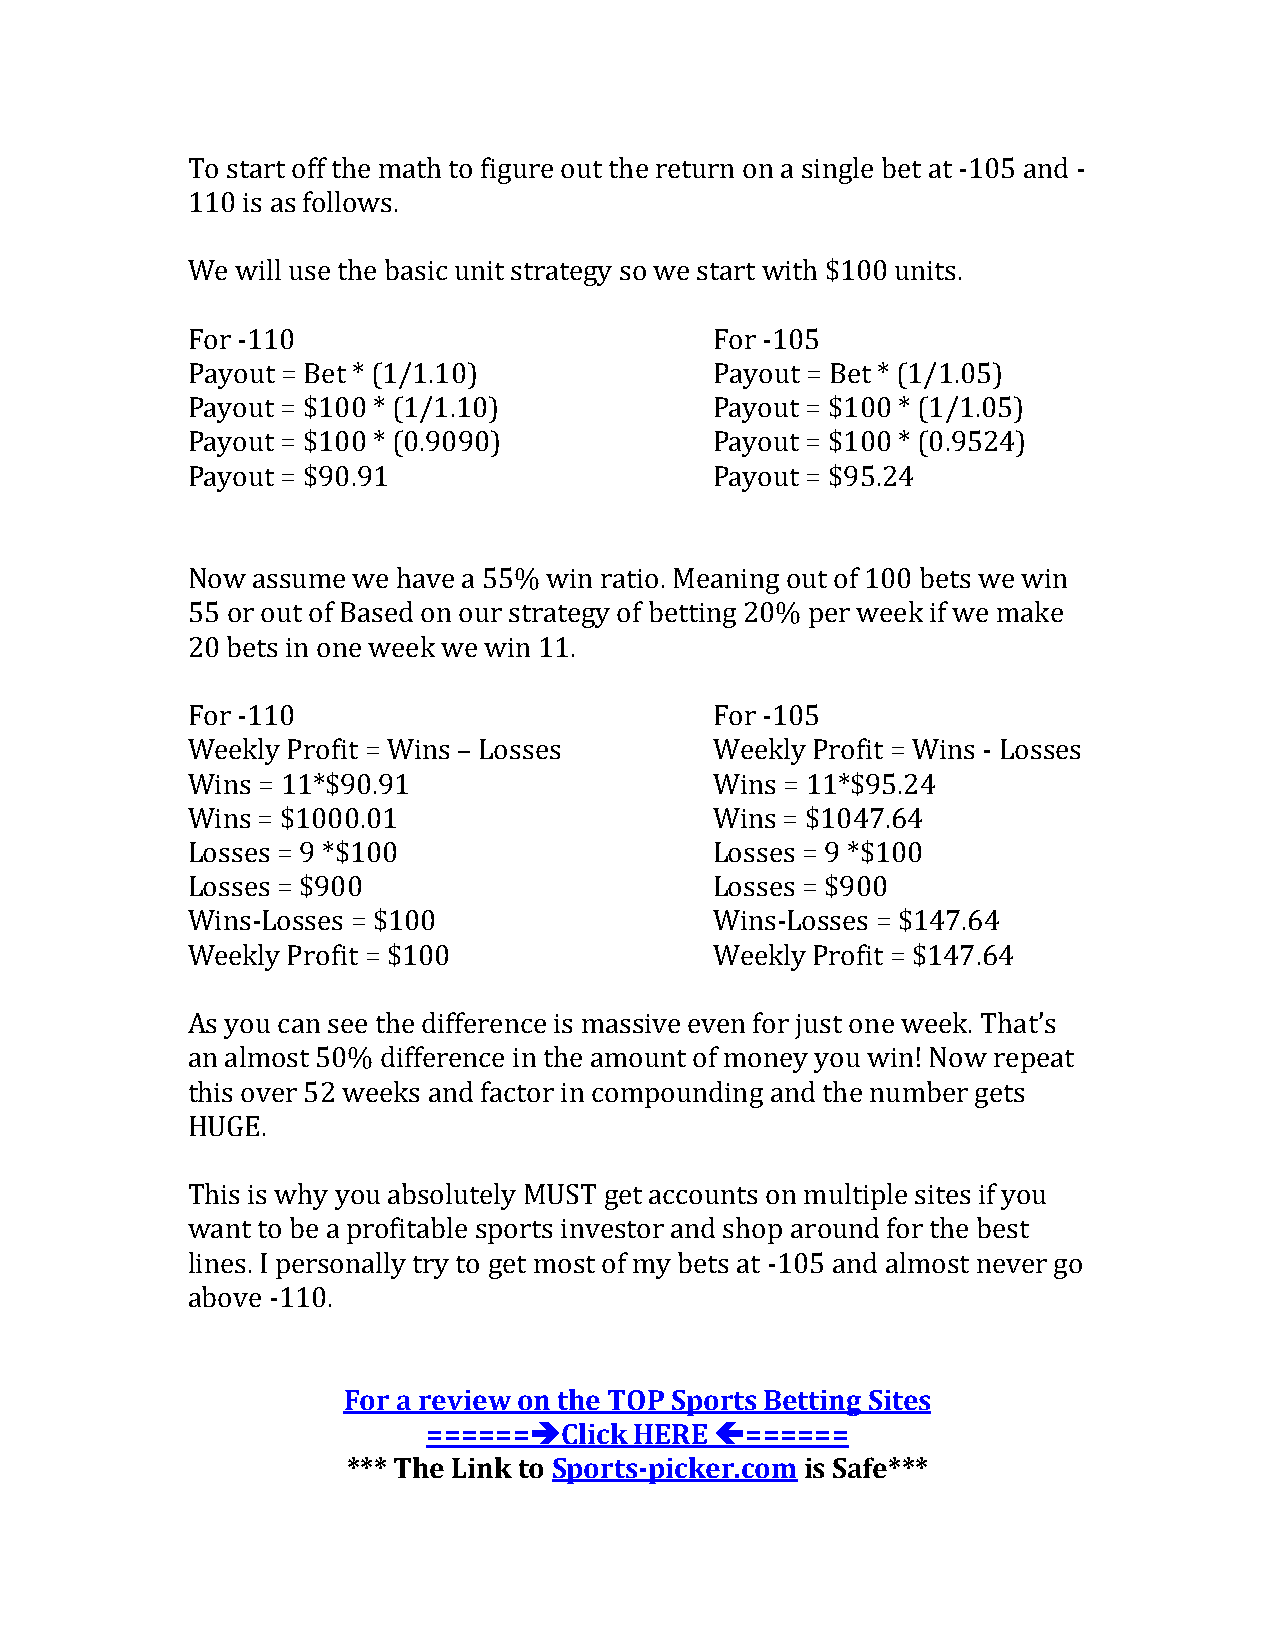
To start off the math to figure out the return on a single bet at -105 and -
 110 is as follows.
 We  will use the basic unit strategy so we start with $100 units.
 For -110                           For -105
 Payout = Bet * (1/1.10)            Payout = Bet * (1/1.05)
 Payout = $100 * (1/1.10)           Payout = $100 * (1/1.05)
 Payout = $100 * (0.9090)           Payout = $100 * (0.9524)
 Payout = $90.91                    Payout = $95.24
 Now  assume we have a 55% win ratio. Meaning out of 100 bets we win
 55 or out of Based on our strategy of betting 20% per week if we make
 20 bets in one week we win 11.
 For -110                           For -105
 Weekly Profit = Wins – Losses      Weekly Profit = Wins - Losses
 Wins = 11*$90.91                   Wins = 11*$95.24
 Wins = $1000.01                    Wins = $1047.64
 Losses = 9 *$100                   Losses = 9 *$100
 Losses = $900                      Losses = $900
 Wins-Losses = $100                 Wins-Losses = $147.64
 Weekly Profit = $100               Weekly Profit = $147.64
 As you can see the difference is massive even for just one week. That’s
 an almost 50% difference in the amount of money you win! Now repeat
 this over 52 weeks and factor in compounding and the number gets
 HUGE.
 This is why you absolutely MUST get accounts on multiple sites if you
 want to be a profitable sports investor and shop around for the best
 lines. I personally try to get most of my bets at -105 and almost never go
 above -110.
 For a review on the TOP Sports Betting Sites
 ======Click  HERE ======
 *** The Link to Sports-picker.com is Safe***